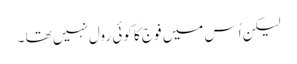
لیکن اُس میں فوج کا کوئی رول نہیں تھا ۔